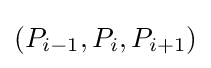
(P_{i-1},P_{i},P_{i+1})